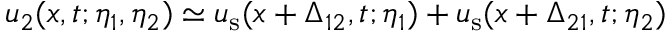
u _ { 2 } ( x , t ; \eta _ { 1 } , \eta _ { 2 } ) \simeq u _ { \mathrm { s } } ( x + \Delta _ { 1 2 } , t ; \eta _ { 1 } ) + u _ { \mathrm { s } } ( x + \Delta _ { 2 1 } , t ; \eta _ { 2 } )